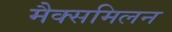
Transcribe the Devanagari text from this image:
मैक्समिलन